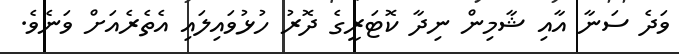
ވަދެ ސަނާ އާއި ޝާމިން ނިދާ ކޮޓަރީގެ ދޮރު ހުޅުވައިލައި އެތެރެއަށް ވަނެވެ.